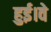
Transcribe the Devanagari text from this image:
हुई।वे